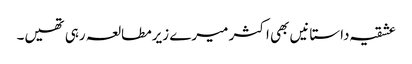
عشقیہ داستانیں بھی اکثر میرے زیرمطالعہ رہی تھیں۔